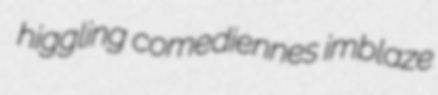
higgling comediennes imblaze